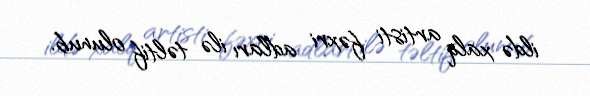
ildə xalq artisti fəxri adları ilə təltif olunub.